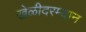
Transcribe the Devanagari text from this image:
खेळीदरम्यान